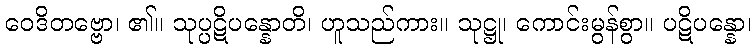
ဝေဒိတဗ္ဗော၊ ၏။ သုပ္ပဋိပန္နောတိ၊ ဟူသည်ကား။ သုဋ္ဌု၊ ကောင်းမွန်စွာ။ ပဋိပန္နော၊